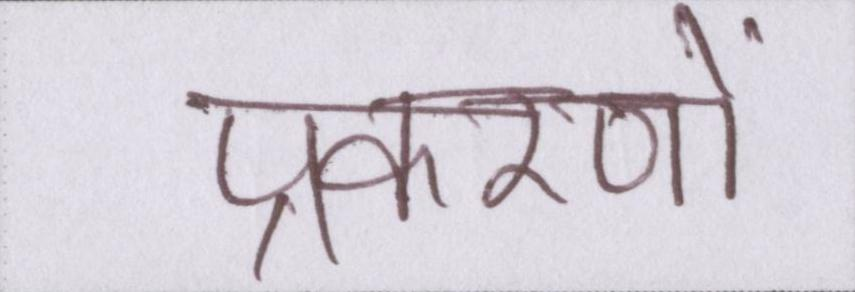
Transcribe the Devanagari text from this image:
प्रकरणों